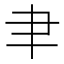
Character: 𦘒